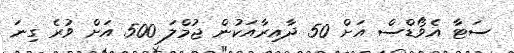
ސަޓާ އެވޯޑްސް އަށް 50 ދާއިރާއަކުން ޖުމްލަ 500 އަށް ވުރެ ގިނަ